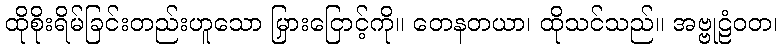
ထိုစိုးရိမ်ခြင်းတည်းဟူသော မြှားငြောင့်ကို။ တေနတယာ၊ ထိုသင်သည်။ အဗ္ဗုဠံဝတ၊